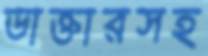
ডাক্তারসহ